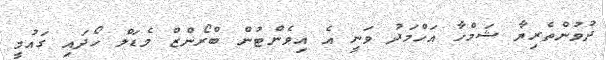
ދުވުންތެރިޔާ ޝަމްހާ އަހްމަދު ވަނީ އެ އިވެންޓުން ބްރޯންޒް މެޑަލް ހޯދައި ގައުމީ